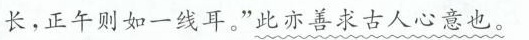
长，正午则如一线耳。”此亦善求古人心意也。